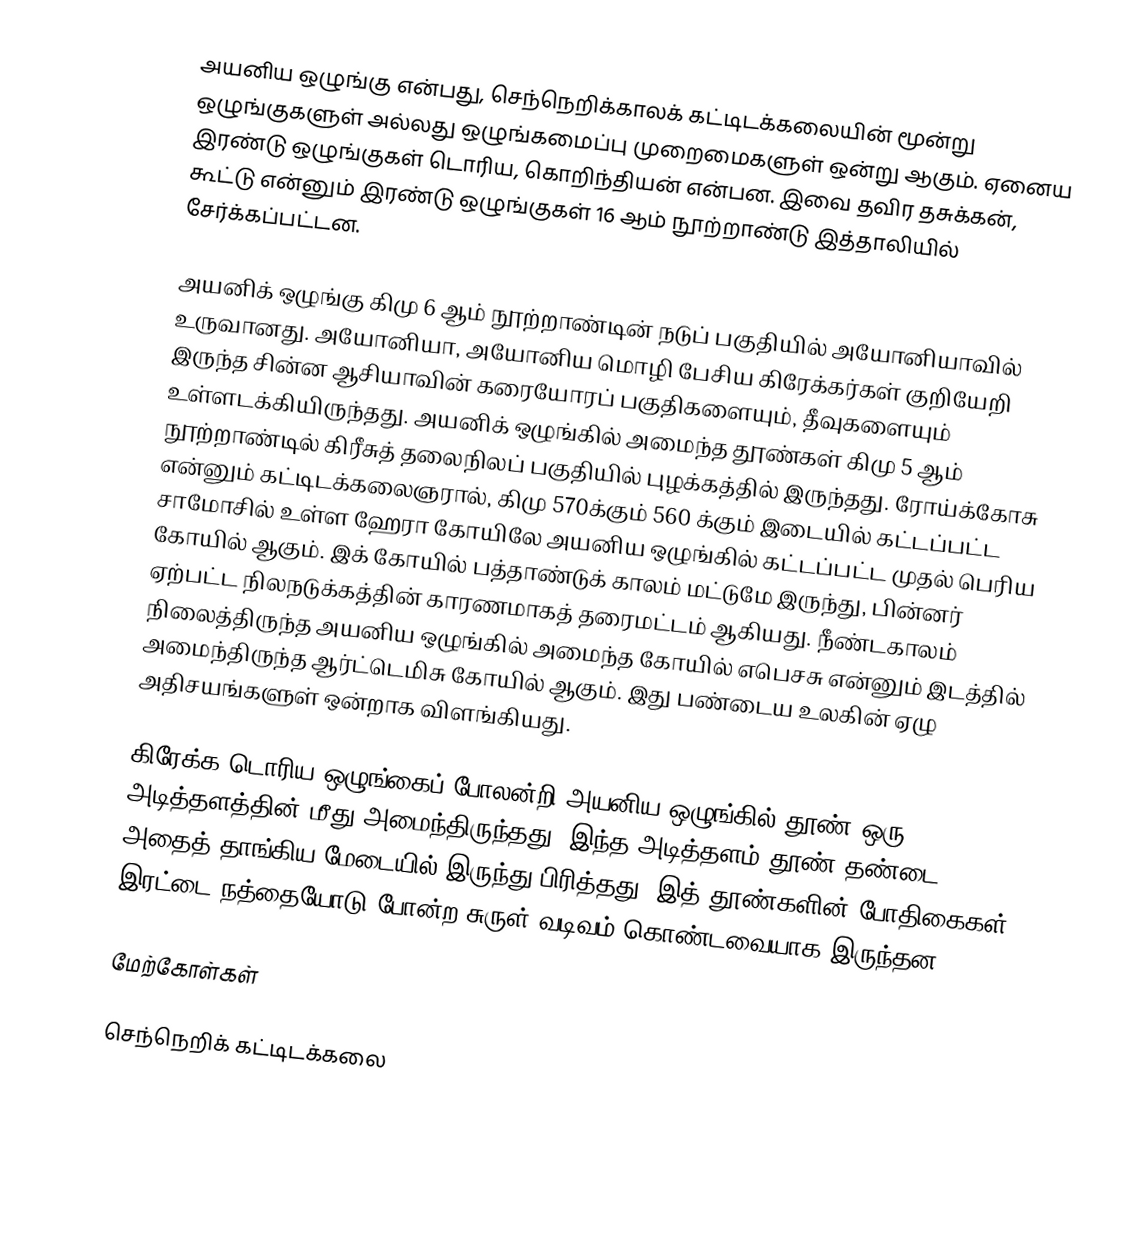
அயனிய ஒழுங்கு என்பது, செந்நெறிக்காலக் கட்டிடக்கலையின் மூன்று ஒழுங்குகளுள் அல்லது ஒழுங்கமைப்பு முறைமைகளுள் ஒன்று ஆகும். ஏனைய இரண்டு ஒழுங்குகள் டொரிய, கொறிந்தியன் என்பன. இவை தவிர தசுக்கன், கூட்டு என்னும் இரண்டு ஒழுங்குகள் 16 ஆம் நூற்றாண்டு இத்தாலியில் சேர்க்கப்பட்டன.

அயனிக் ஒழுங்கு கிமு 6 ஆம் நூற்றாண்டின் நடுப் பகுதியில் அயோனியாவில் உருவானது. அயோனியா, அயோனிய மொழி பேசிய கிரேக்கர்கள் குறியேறி இருந்த சின்ன ஆசியாவின் கரையோரப் பகுதிகளையும், தீவுகளையும் உள்ளடக்கியிருந்தது. அயனிக் ஒழுங்கில் அமைந்த தூண்கள் கிமு 5 ஆம் நூற்றாண்டில் கிரீசுத் தலைநிலப் பகுதியில் புழக்கத்தில் இருந்தது. ரோய்க்கோசு என்னும் கட்டிடக்கலைஞரால், கிமு 570க்கும் 560 க்கும் இடையில் கட்டப்பட்ட சாமோசில் உள்ள ஹேரா கோயிலே அயனிய ஒழுங்கில் கட்டப்பட்ட முதல் பெரிய கோயில் ஆகும். இக் கோயில் பத்தாண்டுக் காலம் மட்டுமே இருந்து, பின்னர் ஏற்பட்ட நிலநடுக்கத்தின் காரணமாகத் தரைமட்டம் ஆகியது. நீண்டகாலம் நிலைத்திருந்த அயனிய ஒழுங்கில் அமைந்த கோயில் எபெசசு என்னும் இடத்தில் அமைந்திருந்த ஆர்ட்டெமிசு கோயில் ஆகும். இது பண்டைய உலகின் ஏழு அதிசயங்களுள் ஒன்றாக விளங்கியது.

கிரேக்க டொரிய ஒழுங்கைப் போலன்றி அயனிய ஒழுங்கில் தூண் ஒரு அடித்தளத்தின் மீது அமைந்திருந்தது. இந்த அடித்தளம் தூண் தண்டை அதைத் தாங்கிய மேடையில் இருந்து பிரித்தது. இத் தூண்களின் போதிகைகள் இரட்டை நத்தையோடு போன்ற சுருள் வடிவம் கொண்டவையாக இருந்தன.

மேற்கோள்கள்

செந்நெறிக் கட்டிடக்கலை